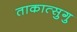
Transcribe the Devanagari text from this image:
ताकात्सुगु